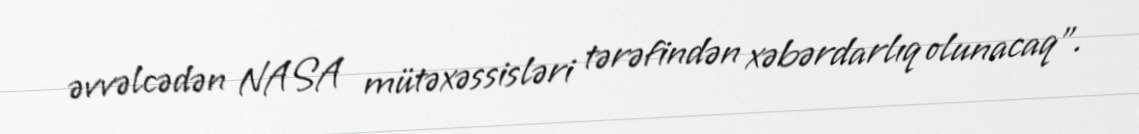
əvvəlcədən NASA mütəxəssisləri tərəfindən xəbərdarlıq olunacaq”.